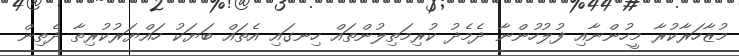
މުޒާހަރާކުރާ މީހުންނާއި ފުލުހުންނާ ދެމެދު ކުރިމަތިލުންތައް ހިނގައި އެތައް ބަޔަކު ހައްޔަރުކުރިތާ ދެތިން